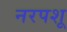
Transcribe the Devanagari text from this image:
नरपशू